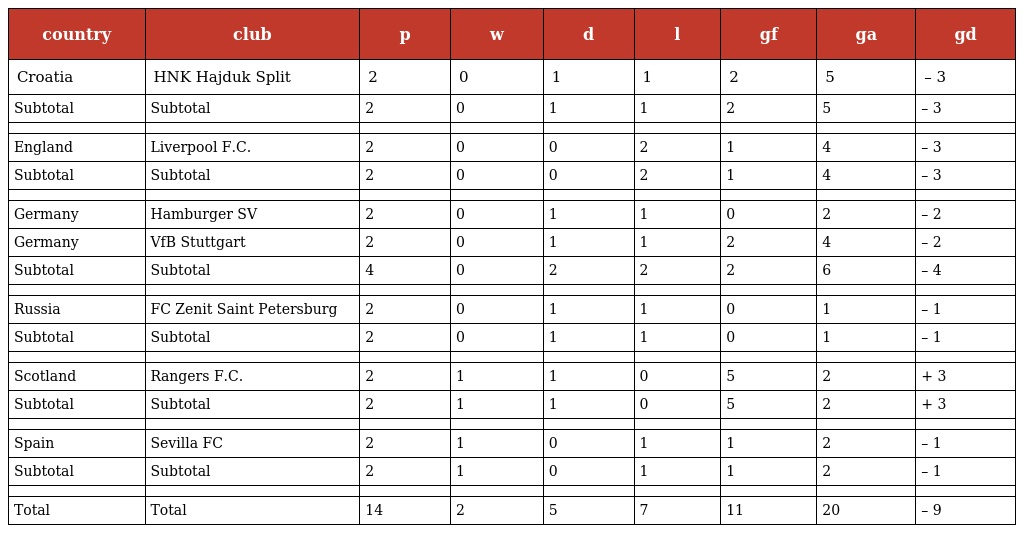
| country | club | p | w | d | l | gf | ga | gd |
 | --- | --- | --- | --- | --- | --- | --- | --- | --- |
 | Croatia | HNK Hajduk Split | 2 | 0 | 1 | 1 | 2 | 5 | – 3 |
 | Subtotal | Subtotal | 2 | 0 | 1 | 1 | 2 | 5 | – 3 |
 |  |  |  |  |  |  |  |  |  |
 | England | Liverpool F.C. | 2 | 0 | 0 | 2 | 1 | 4 | – 3 |
 | Subtotal | Subtotal | 2 | 0 | 0 | 2 | 1 | 4 | – 3 |
 |  |  |  |  |  |  |  |  |  |
 | Germany | Hamburger SV | 2 | 0 | 1 | 1 | 0 | 2 | – 2 |
 | Germany | VfB Stuttgart | 2 | 0 | 1 | 1 | 2 | 4 | – 2 |
 | Subtotal | Subtotal | 4 | 0 | 2 | 2 | 2 | 6 | – 4 |
 |  |  |  |  |  |  |  |  |  |
 | Russia | FC Zenit Saint Petersburg | 2 | 0 | 1 | 1 | 0 | 1 | – 1 |
 | Subtotal | Subtotal | 2 | 0 | 1 | 1 | 0 | 1 | – 1 |
 |  |  |  |  |  |  |  |  |  |
 | Scotland | Rangers F.C. | 2 | 1 | 1 | 0 | 5 | 2 | + 3 |
 | Subtotal | Subtotal | 2 | 1 | 1 | 0 | 5 | 2 | + 3 |
 |  |  |  |  |  |  |  |  |  |
 | Spain | Sevilla FC | 2 | 1 | 0 | 1 | 1 | 2 | – 1 |
 | Subtotal | Subtotal | 2 | 1 | 0 | 1 | 1 | 2 | – 1 |
 |  |  |  |  |  |  |  |  |  |
 | Total | Total | 14 | 2 | 5 | 7 | 11 | 20 | – 9 |